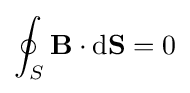
\oint _{S}\mathbf {B} \cdot \mathrm {d} \mathbf {S} =0